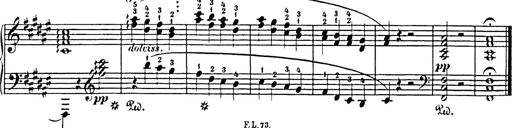
Title: Impromptu
Composer: JosÃ© MarÃ­a Usandizaga
Key: A major